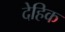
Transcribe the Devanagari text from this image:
देहिक